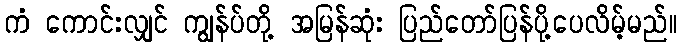
ကံ ကောင်းလျှင် ကျွန်ပ်တို့ အမြန်ဆုံး ပြည်တော်ပြန်ပို့ပေလိမ့်မည်။